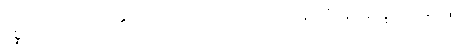
ပုစ္ဆိတော၊ မေးအပ်၏။ တံ၊ ထိုမေးအပ်သော ပြဿနာကို။ န အက္ခာသိ၊ မဖြေ။